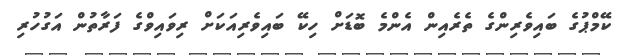
ކޭމްޕުގެ ބައިވެރިންގެ ތެރެއިން އެންމެ ބޮޑަށް ހިކޭ ބައިވެރިއަކަށް ރިވައިވްގެ ފަރާތުން އަގުހުރި